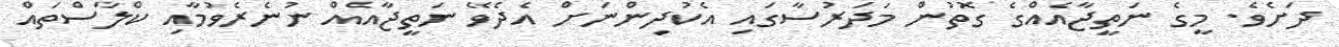
ދަށެވެ. މީގެ ނަތީޖާއެއްގެ ގޮތުން މަދަރުސާގައި އެކުދިންނަށް އެދެވޭ ނަތީޖާއެއް ނުނެރެވުމާއި ކްލާސްތައް